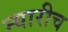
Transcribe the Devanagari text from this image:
न्यारीच